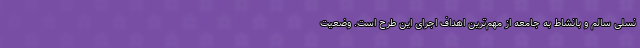
نسلی سالم و بانشاط به جامعه از مهم‌ترین اهداف اجرای این طرح است. وضعیت